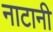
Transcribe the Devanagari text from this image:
नाटानी